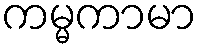
ကမ္မကာမာ